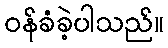
ဝန်ခံခဲ့ပါသည်။